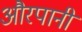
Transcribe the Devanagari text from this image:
औरपानी